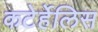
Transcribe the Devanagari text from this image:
कटेर्हेलिस